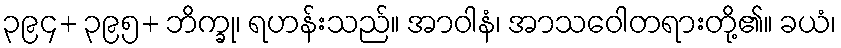
၃၉၄+ ၃၉၅+ ဘိက္ခု၊ ရဟန်းသည်။ အာဝါနံ၊ အာသဝေါတရားတို့၏။ ခယံ၊